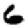
Digit: 6